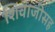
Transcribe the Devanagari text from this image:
शिवाजीसह